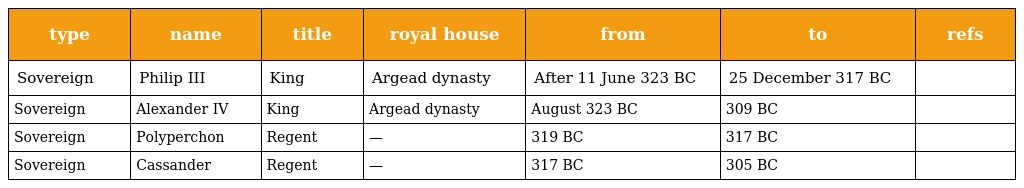
| type | name | title | royal house | from | to | refs |
 | --- | --- | --- | --- | --- | --- | --- |
 | Sovereign | Philip III | King | Argead dynasty | After 11 June 323 BC | 25 December 317 BC |  |
 | Sovereign | Alexander IV | King | Argead dynasty | August 323 BC | 309 BC |  |
 | Sovereign | Polyperchon | Regent | — | 319 BC | 317 BC |  |
 | Sovereign | Cassander | Regent | — | 317 BC | 305 BC |  |